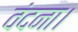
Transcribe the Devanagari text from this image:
वंदना।